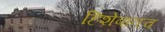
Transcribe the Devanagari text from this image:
हिशेबातच